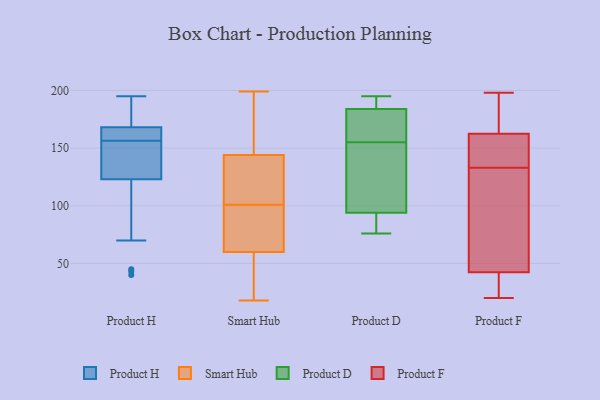
{"axis": {"x": "Churn Rate (%)", "y": "Value"}, "legend": ["Product D", "Product F", "Product H", "Smart Hub"], "data": [{"x": "", "y": 176, "type": "Product H"}, {"x": "", "y": 156, "type": "Product H"}, {"x": "", "y": 123, "type": "Product H"}, {"x": "", "y": 45, "type": "Product H"}, {"x": "", "y": 135, "type": "Product H"}, {"x": "", "y": 159, "type": "Product H"}, {"x": "", "y": 165, "type": "Product H"}, {"x": "", "y": 40, "type": "Product H"}, {"x": "", "y": 70, "type": "Product H"}, {"x": "", "y": 143, "type": "Product H"}, {"x": "", "y": 157, "type": "Product H"}, {"x": "", "y": 157, "type": "Product H"}, {"x": "", "y": 130, "type": "Product H"}, {"x": "", "y": 174, "type": "Product H"}, {"x": "", "y": 175, "type": "Product H"}, {"x": "", "y": 43, "type": "Product H"}, {"x": "", "y": 195, "type": "Product H"}, {"x": "", "y": 168, "type": "Product H"}, {"x": "", "y": 115, "type": "Smart Hub"}, {"x": "", "y": 18, "type": "Smart Hub"}, {"x": "", "y": 60, "type": "Smart Hub"}, {"x": "", "y": 87, "type": "Smart Hub"}, {"x": "", "y": 84, "type": "Smart Hub"}, {"x": "", "y": 199, "type": "Smart Hub"}, {"x": "", "y": 134, "type": "Smart Hub"}, {"x": "", "y": 60, "type": "Smart Hub"}, {"x": "", "y": 166, "type": "Smart Hub"}, {"x": "", "y": 144, "type": "Smart Hub"}, {"x": "", "y": 184, "type": "Product D"}, {"x": "", "y": 195, "type": "Product D"}, {"x": "", "y": 94, "type": "Product D"}, {"x": "", "y": 135, "type": "Product D"}, {"x": "", "y": 184, "type": "Product D"}, {"x": "", "y": 79, "type": "Product D"}, {"x": "", "y": 178, "type": "Product D"}, {"x": "", "y": 156, "type": "Product D"}, {"x": "", "y": 154, "type": "Product D"}, {"x": "", "y": 76, "type": "Product D"}, {"x": "", "y": 34, "type": "Product F"}, {"x": "", "y": 168, "type": "Product F"}, {"x": "", "y": 180, "type": "Product F"}, {"x": "", "y": 198, "type": "Product F"}, {"x": "", "y": 43, "type": "Product F"}, {"x": "", "y": 132, "type": "Product F"}, {"x": "", "y": 151, "type": "Product F"}, {"x": "", "y": 152, "type": "Product F"}, {"x": "", "y": 20, "type": "Product F"}, {"x": "", "y": 104, "type": "Product F"}, {"x": "", "y": 38, "type": "Product F"}, {"x": "", "y": 32, "type": "Product F"}, {"x": "", "y": 105, "type": "Product F"}, {"x": "", "y": 175, "type": "Product F"}, {"x": "", "y": 157, "type": "Product F"}, {"x": "", "y": 134, "type": "Product F"}, {"x": "", "y": 42, "type": "Product F"}, {"x": "", "y": 188, "type": "Product F"}, {"x": "", "y": 77, "type": "Product F"}, {"x": "", "y": 136, "type": "Product F"}]}